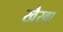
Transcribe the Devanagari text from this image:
खैरवा